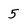
Character: 5